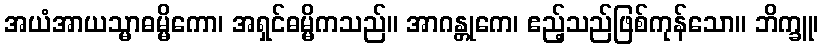
အယံအာယသ္မာဓမ္မိကော၊ အရှင်ဓမ္မိကသည်။ အာဂန္တုကေ၊ ဧည့်သည်ဖြစ်ကုန်သော။ ဘိက္ခူ၊